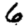
Digit: 6